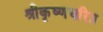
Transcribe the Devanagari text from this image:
श्रीकृष्णचरित्र